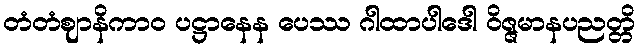
တံတံဈာနိကာဝ ပဋ္ဌာနေန ပေဿ ဂါထာပါဒေါ ဝိဇ္ဇမာနပညတ္တိ